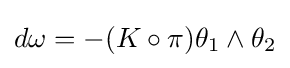
d\omega =-(K\circ \pi )\theta _{1}\wedge \theta _{2}